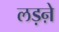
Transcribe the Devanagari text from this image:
लड़ऩे